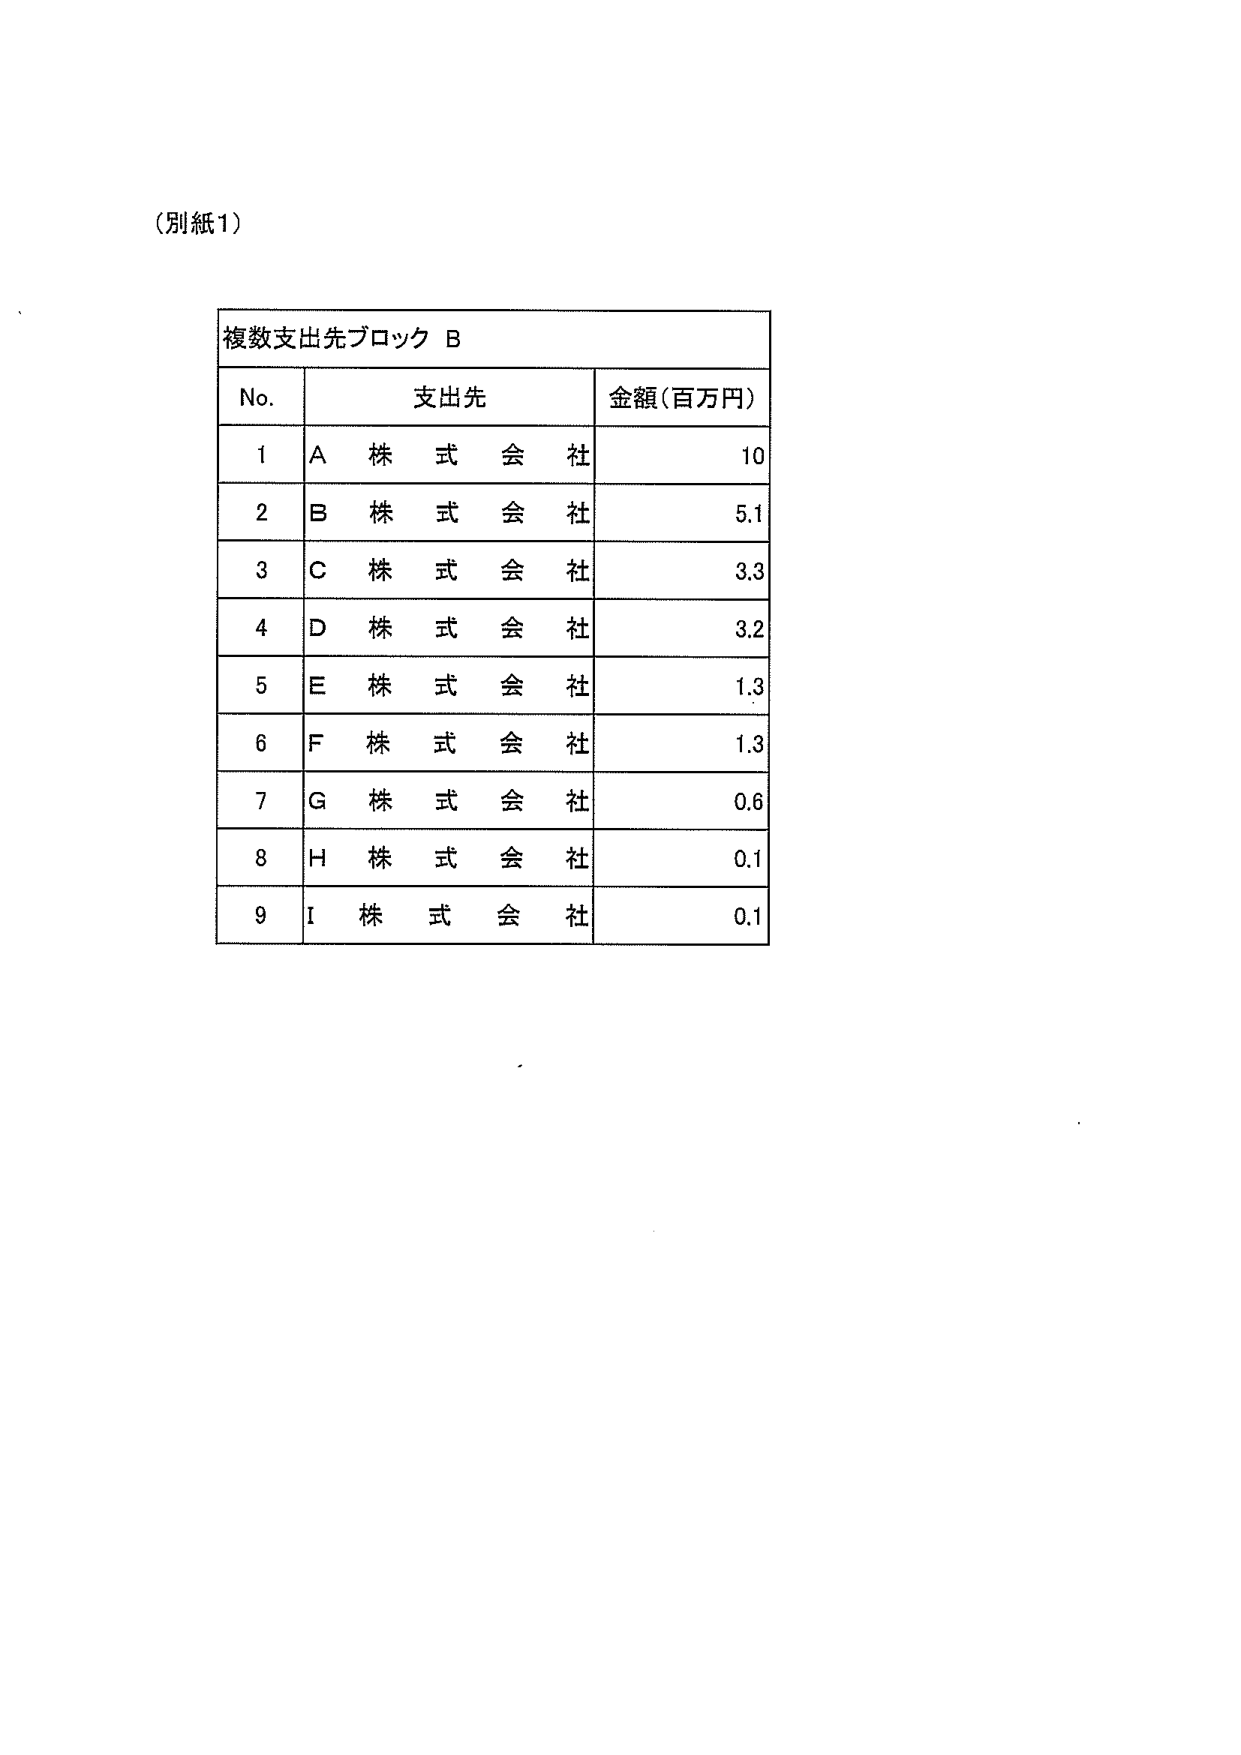
（別紙1）

複数支出先ブロック B

No.	支出先	金額（百万円）
1	A 株式会社	10
2	B 株式会社	5.1
3	C 株式会社	3.3
4	D 株式会社	3.2
5	E 株式会社	1.3
6	F 株式会社	1.3
7	G 株式会社	0.6
8	H 株式会社	0.1
9	I 株式会社	0.1